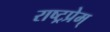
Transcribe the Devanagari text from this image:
राष्ट्रप्रेम्